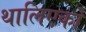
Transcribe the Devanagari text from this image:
थालिएको